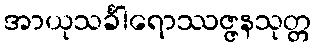
အာယုသင်္ခါရောဿဇ္ဇနသုတ္တ